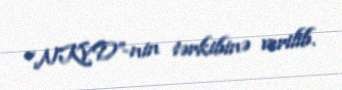
“NKVD”-nin tərkibinə verilib.